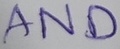
Text: AND